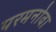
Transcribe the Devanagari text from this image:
परमनोवा